Plague in India, 1896, 1897 - Volume 2
Year: 1896
Disease focus: Plague
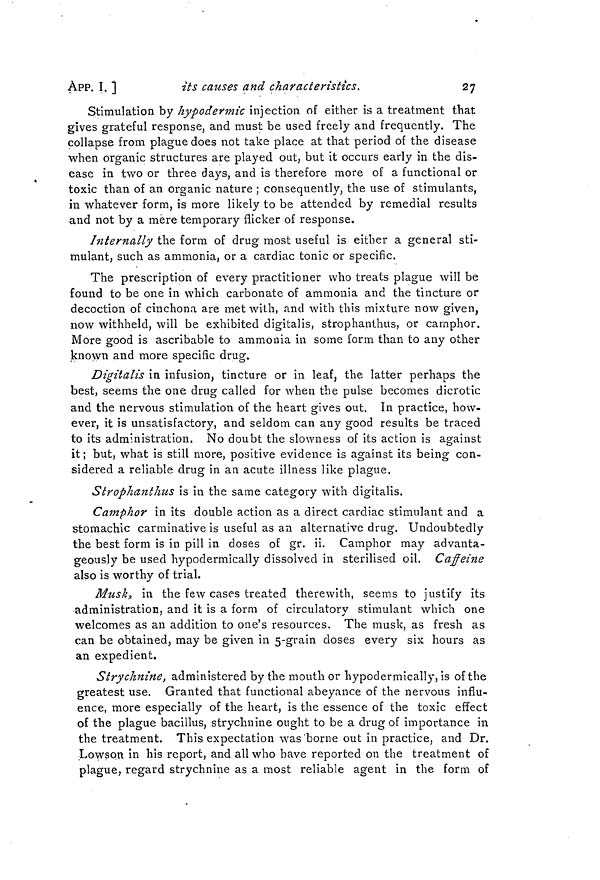
App. I. ]
its causes and characteristics.
27
Stimulation by hypodermic infection of either is a treatment that
gives grateful response, and must be used freely and frequently. The
collapse from plague does not take place at that period of the disease
when organic structures are played out, but it occurs early in the dis-
ease in two or three days, and is therefore more of a functional or
toxic than of an organic nature ; consequently, the use of stimulants,
in whatever form, is more likely to be attended by remedial results
and not by a mere temporary flicker of response.
Internally the form of drug most useful is either a general sti-
mulant, such as ammonia, or a cardiac tonic or specific.
The prescription of every practitioner who treats plague will be
found to be one in which carbonate of ammonia and the tincture or
decoction of cinchona are met with, and with this mixture now given,
now withheld, will be exhibited digitalis, strophanthus, or camphor.
More good is ascribable to ammonia in some form than to any other
known and more specific drug.
Digitalis in infusion, tincture or in leaf, the latter perhaps the
best, seems the one drug called for when the pulse becomes dicrotic
and the nervous stimulation of the heart gives out. In practice, how-
ever, it is unsatisfactory, and seldom can any good results be traced
to its administration. No doubt the slowness of its action is against
it; but, what is still more, positive evidence is against its being con-
sidered a reliable drug in an acute illness like plague.
Strophanthus is in the same category with digitalis.
Camphor in its double action as a direct cardiac stimulant and a
stomachic carminative is useful as an alternative drug. Undoubtedly
the best form is in pill in doses of gr. ii. Camphor may advanta-
geously be used hypoclermically dissolved in sterilised oil.
Caffeine
also is worthy of trial.
Musky in the few cases treated therewith, seems to justify its
•administration, and it is a form of circulatory stimulant which one
welcomes as an addition to one's resources. The musk, as fresh as
can be obtained, may be given in 5-grain doses every six hours as
an expedient.
Strychnine, administered by the mouth or hypodermically, is of the
greatest use. Granted that functional abeyance of the nervous influ-
ence, more especially of the heart, is the essence of the toxic effect
of the plague bacillus, strychnine ought to be a drug of importance in
the treatment. This expectation was borne out in practice, and Dr.
Lowson in his report, and all who have reported on the treatment of
plague, regard strychnine as a most reliable agent in the form of